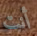
أنت